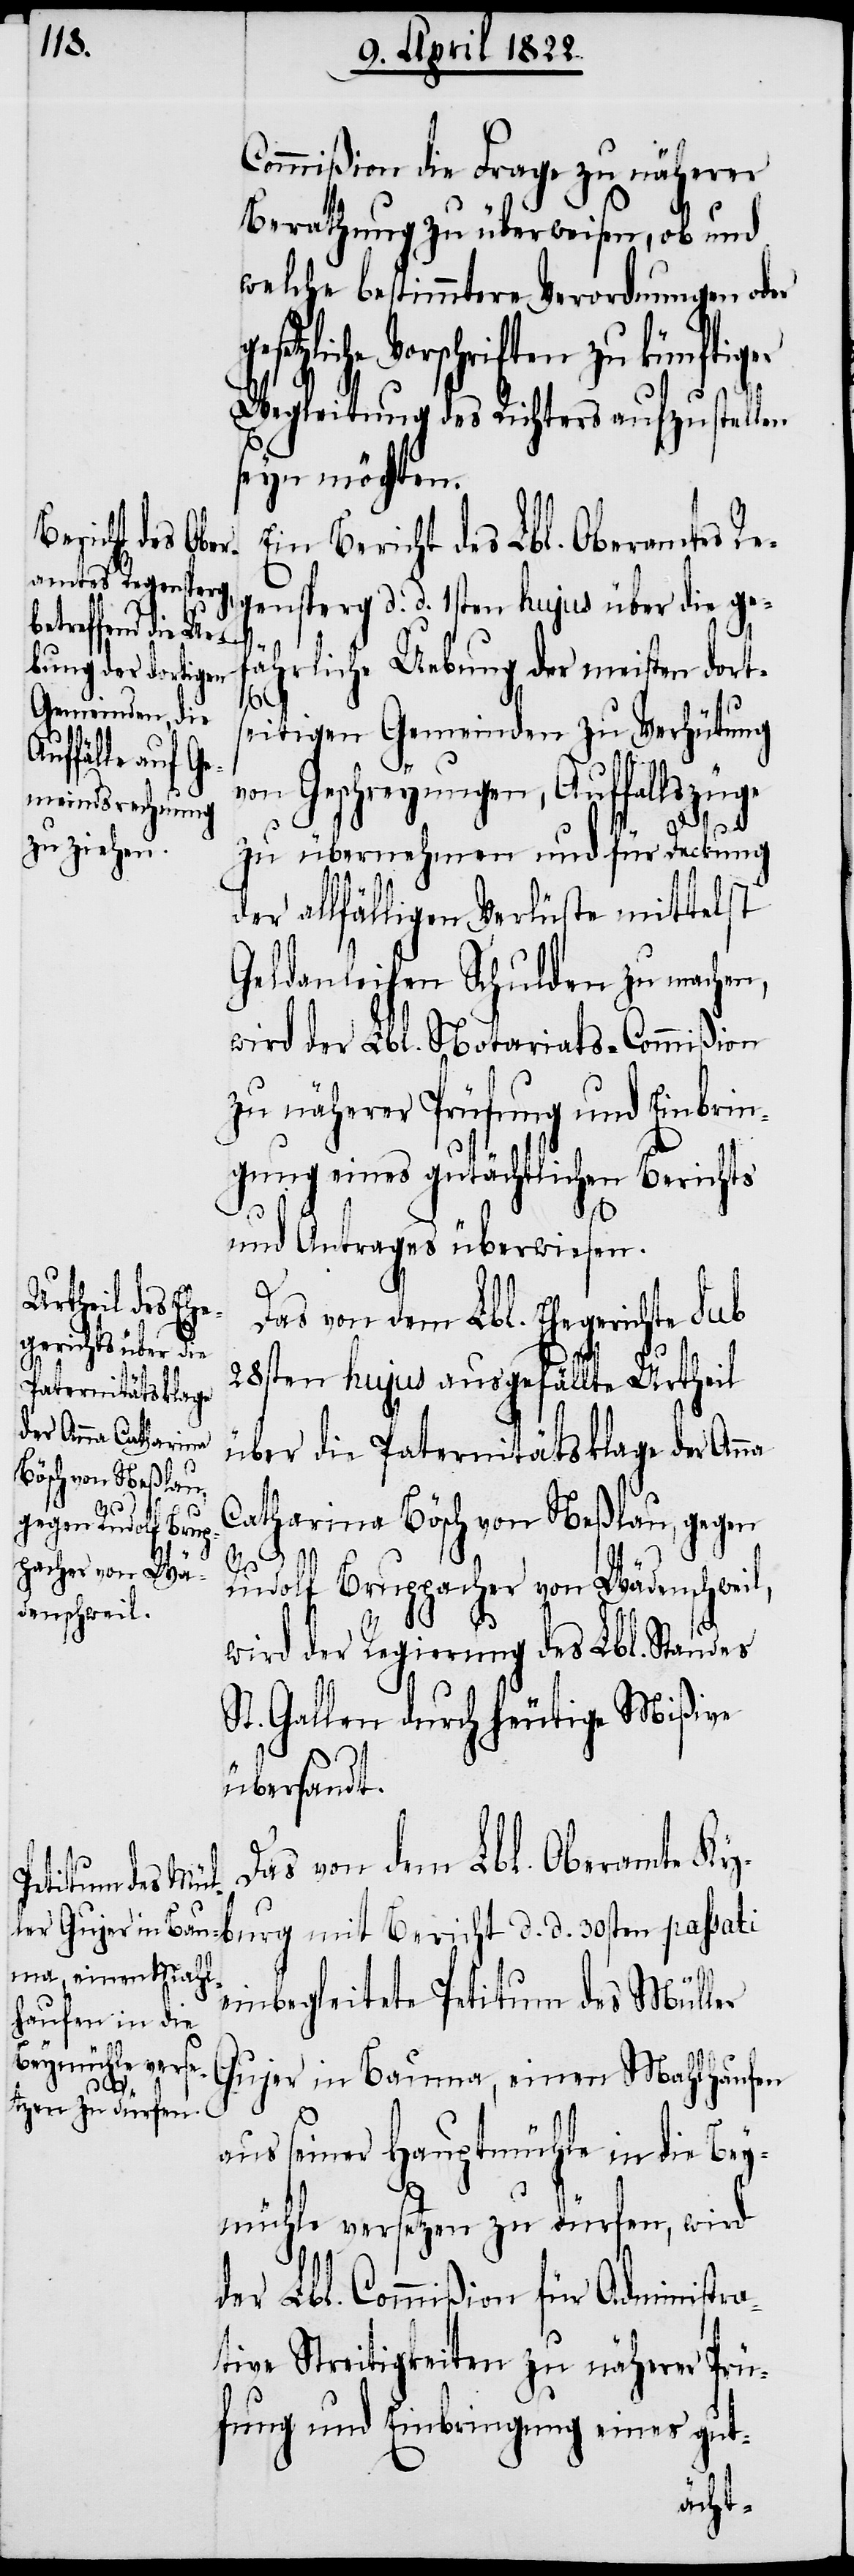
Commißion die Frage zu näherer
Berathung zu überweisen, ob und
welche bestimmtere Verordnungen oder
setzliche Vorschriften zu künftiger
Wegleitung des Richters aufzustellen
seyn möchten.
Ein Bericht des Lbl. Oberamtes Re¬
gensperg d. d. 1sten hujus über die ge¬
fährliche Uebung der meisten dorts¬
eitigen Gemeinden zu Verhütung
von Geschreyungen, Auffallszüge
zu übernehmen und für Deckung
der allfälligen Verlüste mittelst
Geldanleihen schulden zu machen,
wird der Lbl. Notariats-Commißion
zu näherer Prüfung und Einbrin¬
gung eines gutächtlichen Berichts
und Antrages überwiesen.
urg mit Berich¬
Das von dem Lbl. Ehegerichte sub
28sten hujus ausgefällte Urtheil
über die Paternitätsklage der Anna
t d. d.
Catharina Bösch von Neßlau, gegen
ge¬
Rudolf Bruppacher von Wädenschweil,
wird der Regierung des Lbl. Standes
St. Gallen durch heutige Mißive
übersandt.
Das von dem Lbl. Oberamte Kyb¬
einbegleitete Petitum des Müller
Gujer in Bauma, einen Mahlhaufen
aus seiner Hauptmühle in die Bey¬
mühle versetzen zu dürfen, wird
der Lbl. Commißion für Administra¬
tive Streitigkeiten zu näherer Prü¬
fung und Einbringung eines gut-